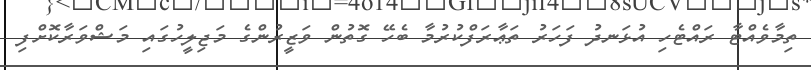
ތިމާވެއްޓާ ރައްޓެހި އުޅަނދު ފަހަރު ތަޢާރަފްކުރުމާ ބެހޭ ގޮތުން ވަޒީރުންގެ މަޖިލީހުގައި މަޝްވަރާކޮށްފި